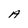
Character: A